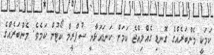
ކަމަކީ މެންބަރެއްގެ ގޮނޑި ގެއްލިއްޖެ ކަމަށް ކަނޑައަޅާނީ ސުޕްރީމް ކޯޓުން ކަމެވެ. މެންބަރެއްގެ